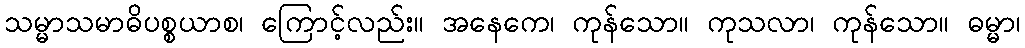
သမ္မာသမာဓိပစ္စယာစ၊ ကြောင့်လည်း။ အနေကေ၊ ကုန်သော။ ကုသလာ၊ ကုန်သော။ ဓမ္မာ၊